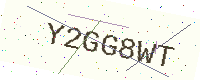
Text: Y2GG8WT